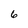
Character: 6